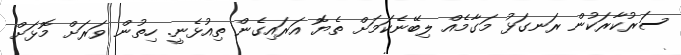
ސަރުކާރަކުން ރަނގަޅު މަގާމެއް ލިބޭނެކަމަށް ތެޔޮ އަރައިގެން ތިއުޅެނީ. ހިތުން ވަރަށް މޮޅަށް